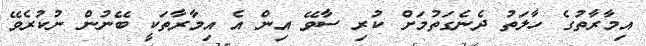
އިމާރާތުގެ ހާލަތު ދެނެގަތުމަށް ކުރި ސާވޭ އިން އެ އިމާރާތަކީ ބޭނުން ނުކުރެވޭ